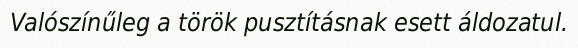
Valószínűleg a török pusztításnak esett áldozatul.